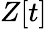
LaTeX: Z[t]